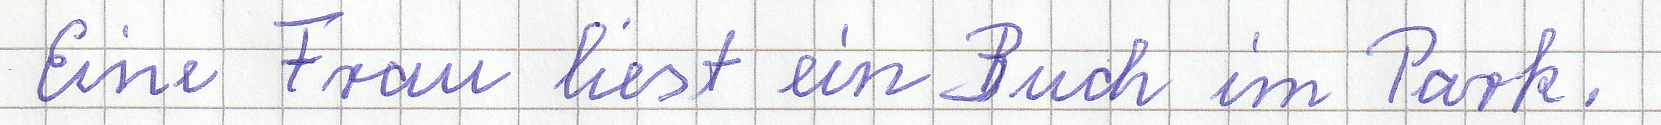
Eine Frau liest ein Buch im Park.